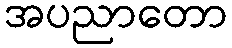
အပညာတော